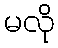
မလို